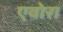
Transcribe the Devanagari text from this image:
एवोरा